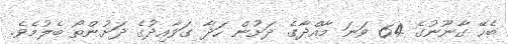
ބެހޭ ގާނޫނުގެ 64 ވަނަ މާއްދާގެ ދަށުން ހަދާ ގަވާއިދުގެ ދަށުންތޯ ބެލުމެވެ.